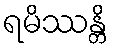
ရမိဿန္တိ